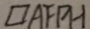
\square A F P H